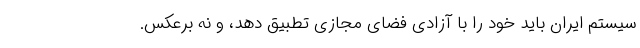
سیستم ایران باید خود را با آزادی فضای مجازی تطبیق دهد، و نه برعکس.